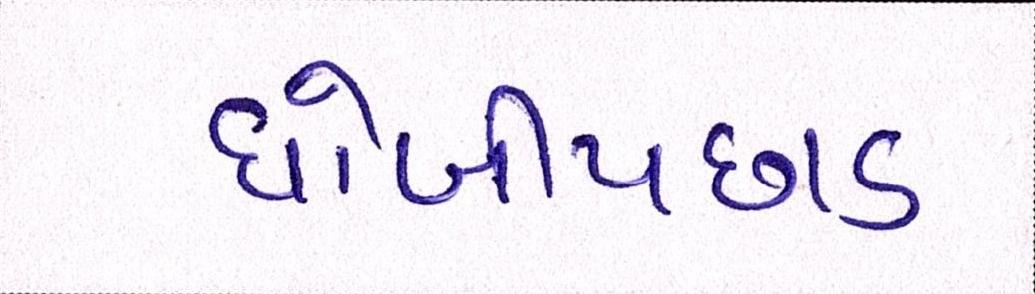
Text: ધોબીપછાડ